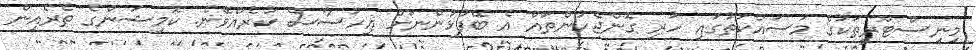
މިނިސްޓްރީތަކުގެ މަސައްކަތުގައި ހުރި ގޮންޖެހުންތައް އެ ބޭފުޅުންނަށް އިހުސާސް ކުރެއްވޭނެ. ކޮމިޝަންގެ ތެރެއިން